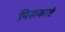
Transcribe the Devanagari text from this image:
पिसकाटे